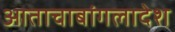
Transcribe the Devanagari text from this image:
आताचाबांगलादेश